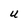
Character: U